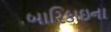
બારિકાઇના